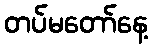
တပ်မတော်နေ့